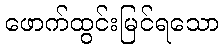
ဖောက်ထွင်းမြင်ရသော